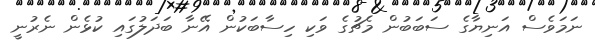
ނަމަވެސް އަނިޔާގެ ސަބަބުން މެޗުގެ ވަކި ހިސާބަކުން އޭނާ ބަދަލުގައި ކުޅެން ނެރުނީ